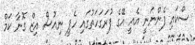
ސްކައި ފެންނަނީ އެއީ އޭގެ ފުރަގަހަތުގައި ހެޕީ ނިއުސް އިޒް ގޮނާ ކަމް